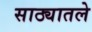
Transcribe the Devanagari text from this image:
साठ्यातले